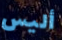
أليس